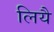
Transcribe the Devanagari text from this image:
लियै